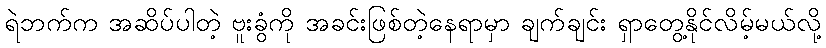
ရဲဘက်က အဆိပ်ပါတဲ့ ဗူးခွံကို အခင်းဖြစ်တဲ့နေရာမှာ ချက်ချင်း ရှာတွေ့နိုင်လိမ့်မယ်လို့